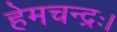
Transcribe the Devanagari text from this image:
हेमचन्द्रः।